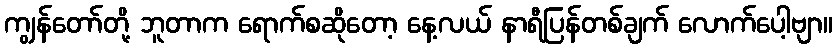
ကျွန်တော်တို့ ဘူတာက ရောက်စဆိုတော့ နေ့လယ် နာရီပြန်တစ်ချက် လောက်ပေါ့ဗျာ။